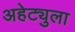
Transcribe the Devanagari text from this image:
अहेट्युला